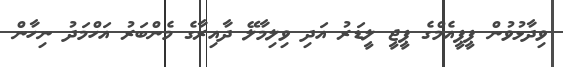
ވިދާޅުވުން ޕީޕީއެމްގެ ޕީޖީ ލީޑަރު އަދި ވިލިމާލޭ ދާއިރާގެ މެންބަރު އަހްމަދު ނިހާން